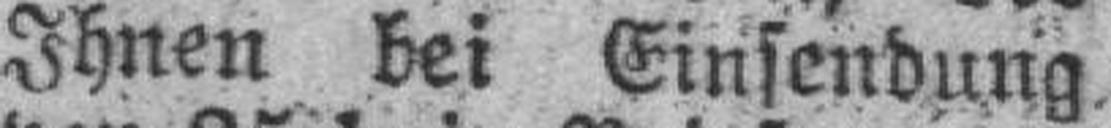
Ihnen bei Einsendung